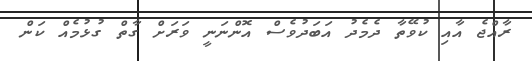
ރާއްޖެ އާއި ކުވޭތާ ދެމެދު އަބަދުވެސް އޮންނަނީ ވަރަށް ގާތް ގުޅުމެއް ކަން